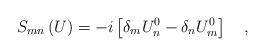
LaTeX: \begin{align*}S_{mn}\left( U\right) =-i\left[ \delta _mU_n^0-\delta_nU_m^0\right] \quad ,\end{align*}